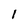
Character: l